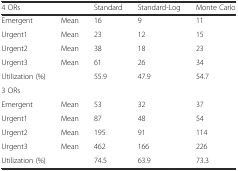
| 4 ORs |  | Standard | Standard-Log | Monte Carlo |
 | --- | --- | --- | --- | --- |
 | Emergent | Mean | 16 | 9 | 11 |
 | Urgent1 | Mean | 23 | 12 | 15 |
 | Urgent2 | Mean | 38 | 18 | 23 |
 | Urgent3 | Mean | 61 | 26 | 34 |
 | Utilization (%) |  | 55.9 | 47.9 | 54.7 |
 | 3 ORs |  |  |  |  |
 | Emergent | Mean | 53 | 32 | 37 |
 | Urgent1 | Mean | 87 | 48 | 54 |
 | Urgent2 | Mean | 195 | 91 | 114 |
 | Urgent3 | Mean | 462 | 166 | 226 |
 | Utilization (%) |  | 74.5 | 63.9 | 73.3 |